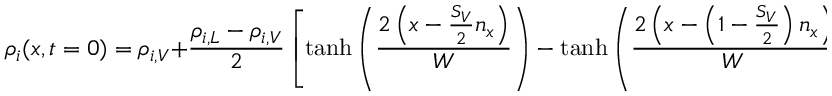
\rho _ { i } ( x , t = 0 ) = \rho _ { i , V } + \frac { \rho _ { i , L } - \rho _ { i , V } } { 2 } \left[ \operatorname { t a n h } { \left( \frac { 2 \left( x - \frac { S _ { V } } { 2 } n _ { x } \right) } { W } \right) } - \operatorname { t a n h } { \left( \frac { 2 \left( x - \left( 1 - \frac { S _ { V } } { 2 } \right) n _ { x } \right) } { W } \right) } \right] .